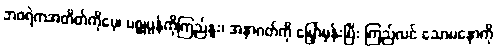
ဘဝရဲကအတိတ်ကိုမေ့၊ ပစ္စုပ္ပန်ကိုကြည်နူး၊ အနာဂတ်ကို မြှော်မှန်းပြီး ကြည်လင် သောမနောကို